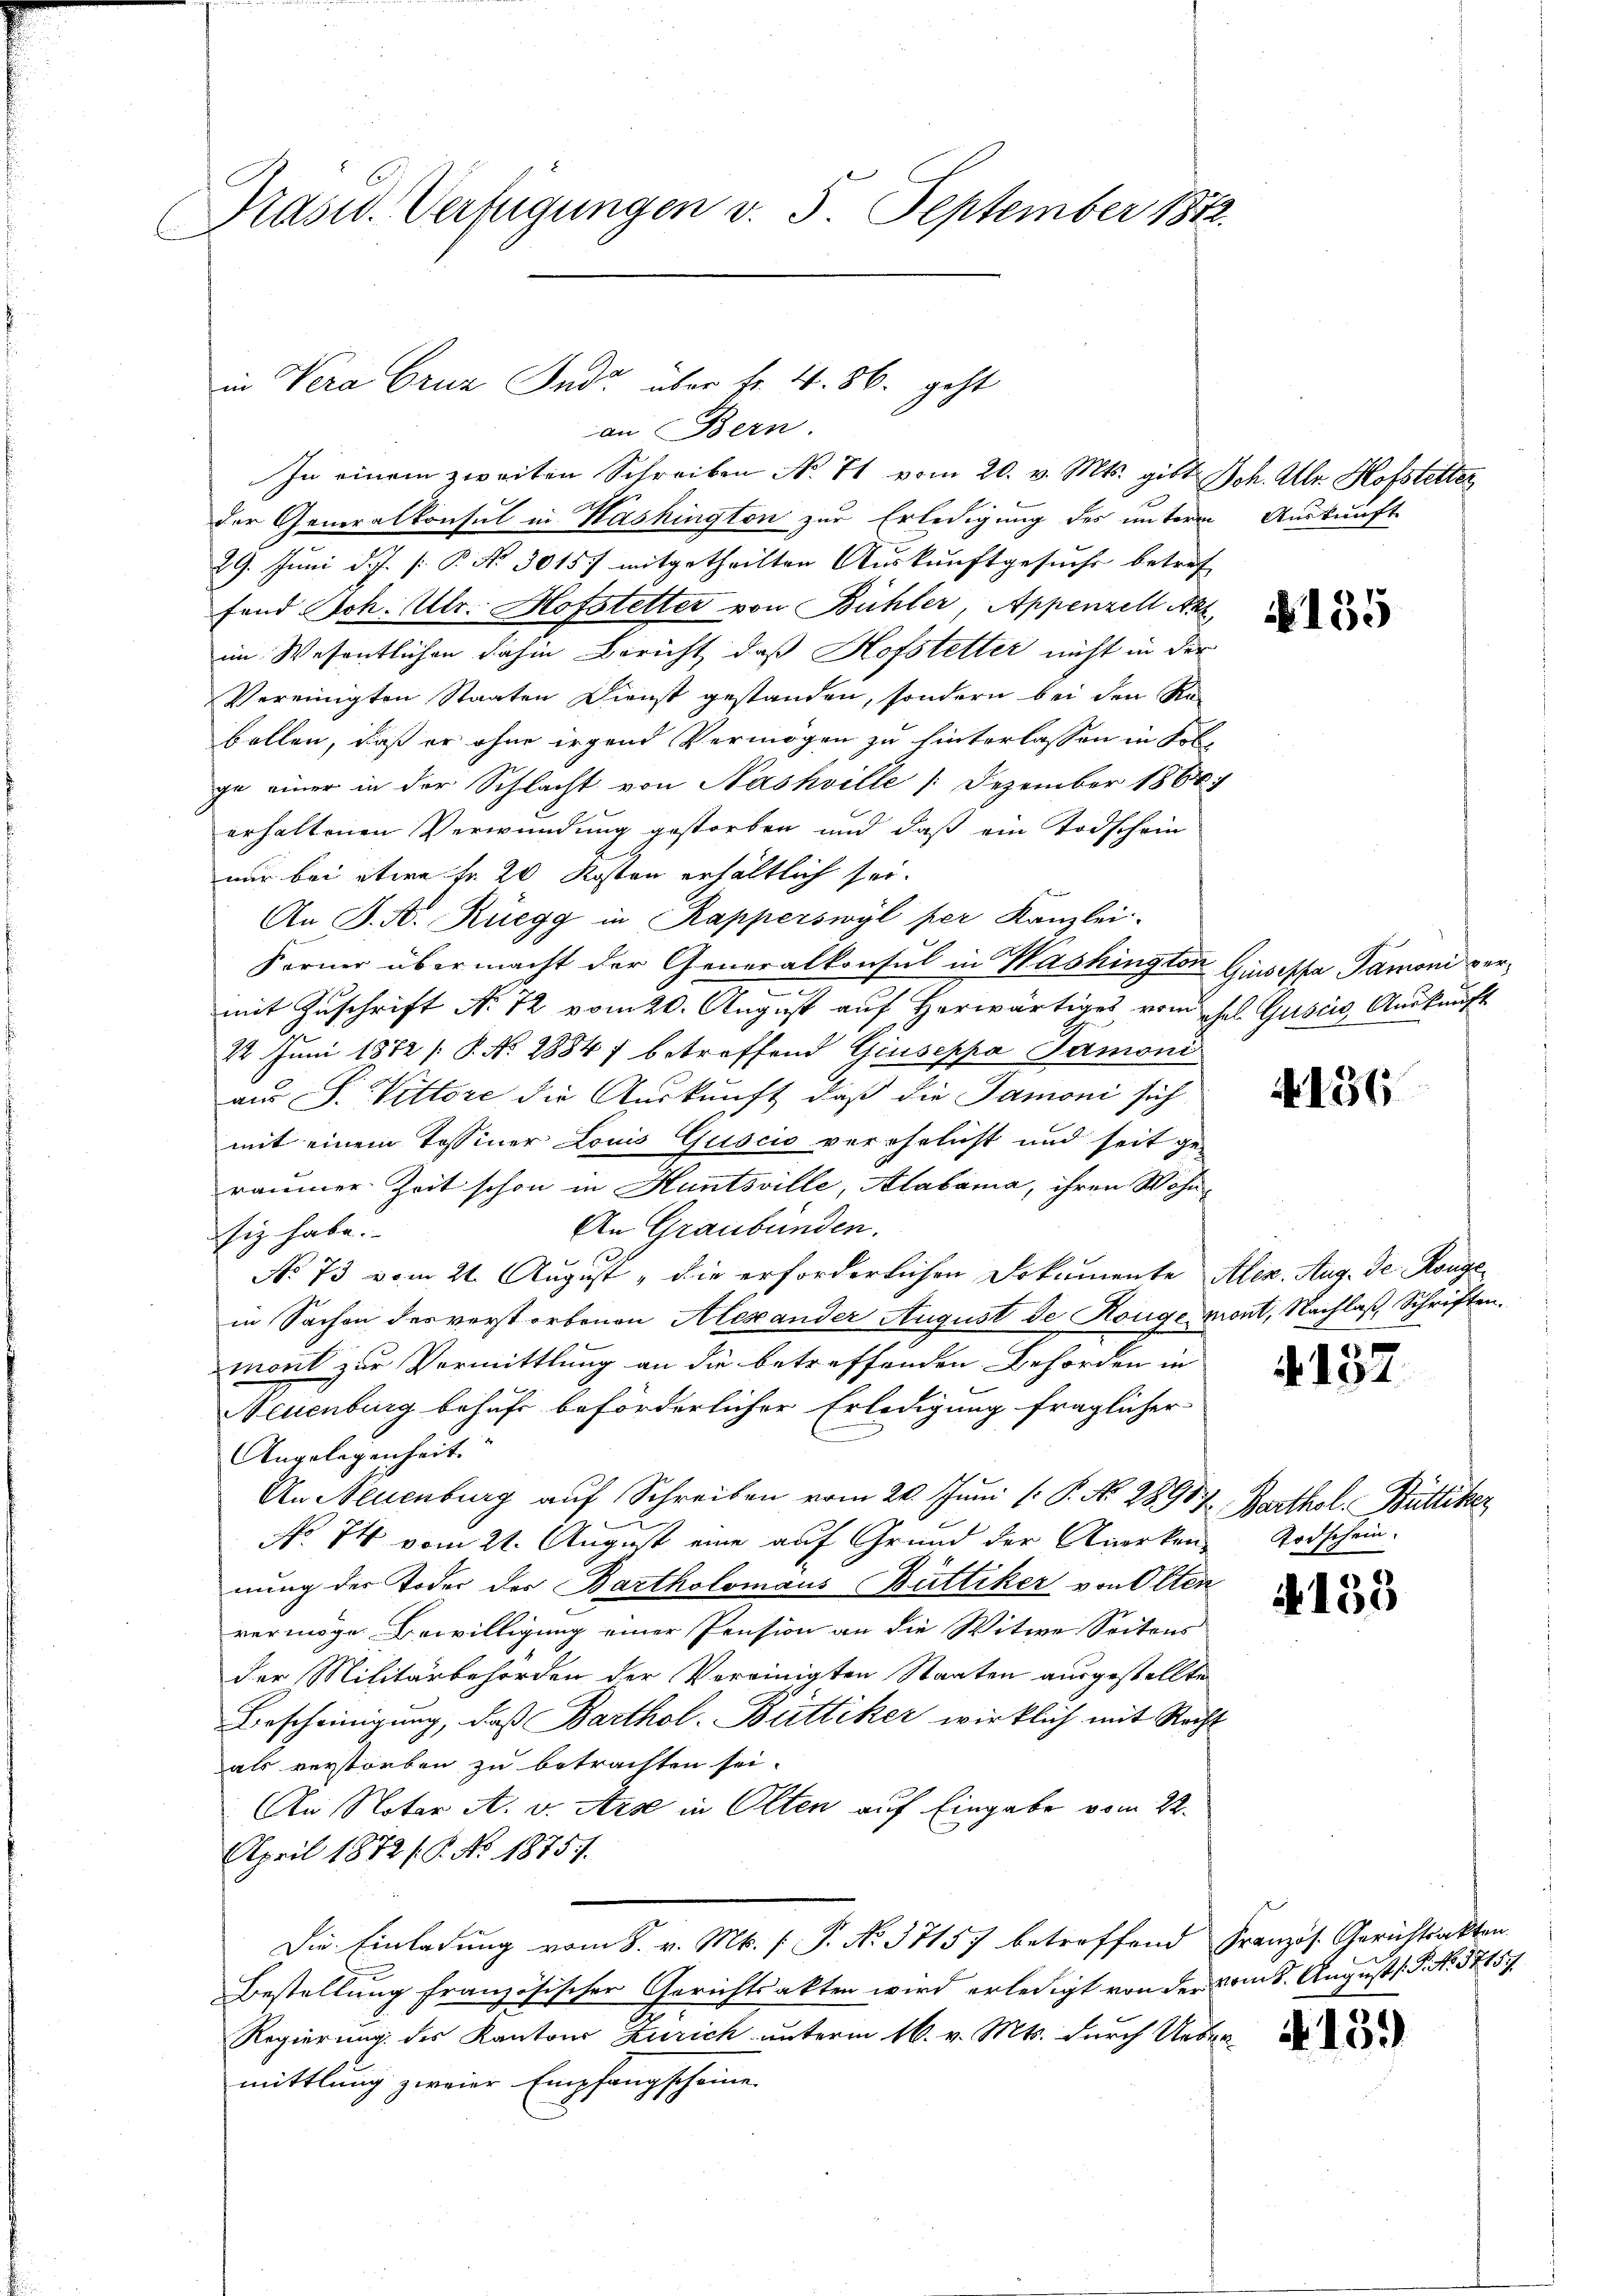
Pasid. Verfügungen v. 5. September 1812.

an Bern.
In einem zweiten Schreiben No 71 vom 20. v. Mts. gibt. Joh. Alle Hofstetter
der Generalkonsul in Washington zur Erledigung des unterm Auskunft
29. Juni d. J. P. No 3015 mitgetheilten Auskunftgesuchs betref
fand Sch. Mltr. Hofstetter von Bühler, Appenzell Akt,
im Wesentlichen dahin Bericht, daß Hofstetter nicht in der
Vereinigten Staaten Dienst gestanden, sondern bei den Ra
bollen, daß er ohne irgend Vermögen zu hinterlassen in Kolge einer in der Schlacht von Nashville (Dezember 1861
erhaltenen Verwundung gestorben und daß ein Todschein
nur bei etwa Fr. 20 Kosten erhältlich sei.
An J. A. Rüegg in Kapperswyl per Kanzlei-
Ferner übermacht der Generalkonsul in Washington Ginsessa Tamoni vermit Zuschrift No 72 vom 20. August auf Herwärtiges vom sel. Gusiis, Auskunft
22 Juni 1872 P. Nr. 28847 betreffend Giuseppa Samoni
aus S. Vittore die Auskunft, daß die Samoni sich
mit einem Tessiner Louis Guscio verehelicht und seit ge-
raumer Zeit schon in Huntsville, Alabama, ihren Wohn¬
An Graubünden.
siz habe.
e
No 73 vom 21. August " die erforderlichen Dokumente Alex. Aug. de Konge
in Sachen des verstorbenen Alexander August de Konge mont, Nachlaß Schriften
mort zur Vermittlung an die betreffenden Behörden in
Neuenburg behufe beförderlicher Erledigung fraglicher
Angelegenheit.
An Neuenburg auf Schreiben vom 20. Juni [ P. No. 28917
No. 74 vom 21. August eine auf Grund der Anerkannung des Todes des Bartholomaus Büttiker von Olten
vermöge Bewilligung einer Pension an die Witwe Seitens
der Militärbehörden der Vereinigten Staaten ausgestellte
Bescheinigung, daß Barthol. Büttiker wirklich mit Recht
als verstorben zu betrachten sei.
An Notar A. v. Arse in Olten auf Eingabe vom 22.
April 1872 / P. No. 18751.
Die Einladung vom 8. v. Mts. (T. No. 37157 betreffend Französ. Gerichtsakten.
Bestellung französischer Gerichtsakten wird erledigt von der Comt. August 1. P. Nr. 37157
Regierung des Kantons Zürich unterm 16. v. Mts. durch Uebermittlung zweier Empfangscheine

in Vera Cruz Indo über Fr. 4. 86. geht

N 135

4136

132

Barthol. Büttike
Todschein.

133

4159